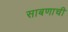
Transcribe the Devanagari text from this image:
साबणाची